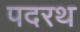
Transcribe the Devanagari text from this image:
पदरथ